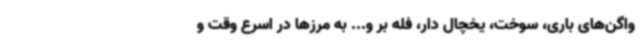
واگن‌های باری، سوخت، یخچال دار، فله بر و... به مرزها در اسرع وقت و